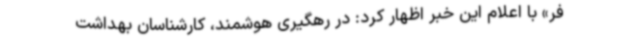
فر» با اعلام این خبر اظهار کرد: در رهگیری هوشمند، کارشناسان بهداشت